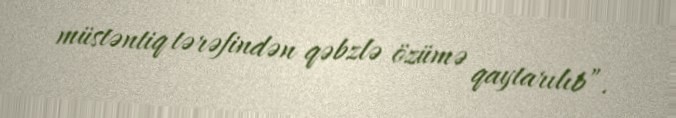
müstəntiq tərəfindən qəbzlə özümə qaytarılıb”.